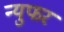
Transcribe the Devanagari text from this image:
न्युफर